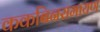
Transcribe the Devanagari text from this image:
ककबिनरामायण